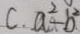
C . a ^ { 2 } - b ^ { 2 }